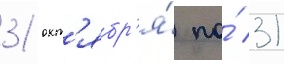
31 окт'ябр'я́ по́ 31